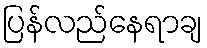
ပြန်လည်နေရာချ